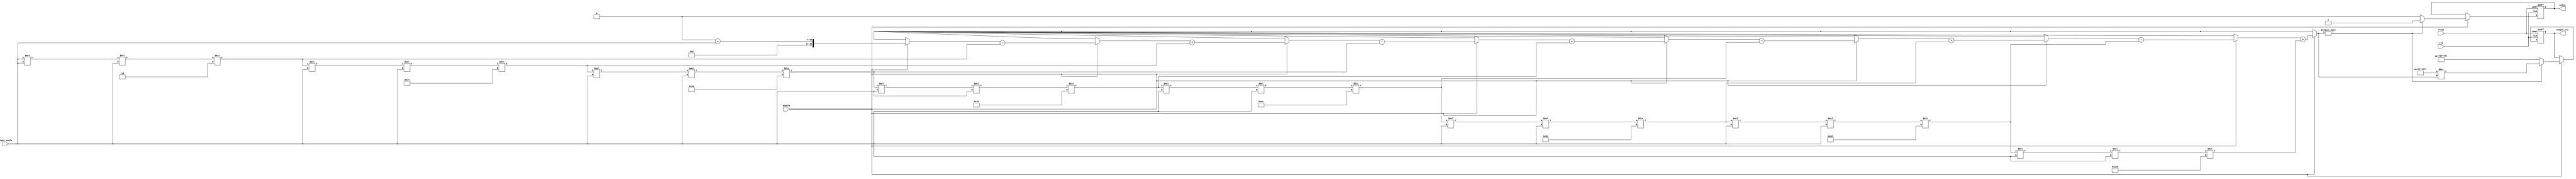
module csc_arithmetic_block (
    input wire clk,
    input wire reset,
    input wire enable,
    input wire [15:0] input_angle, // Fixed-point representation of angle in radians
    output reg [31:0] output_csc,   // Fixed-point representation of cosecant value
    output reg valid                 // Signal to indicate valid output
);

    reg [31:0] sine_value; // Sine value calculated
    reg [31:0] reciprocal; // Reciprocal of sine value

    // Sine function approximation using Taylor series
    function [31:0] sine;
        input [15:0] angle;
        reg [31:0] term;
        reg [31:0] sum;
        integer i;
        begin
            sum = 0;
            term = angle; // First term is angle itself
            for (i = 1; i < 10; i = i + 1) begin
                if (i % 2 == 1) begin // Odd terms
                    sum = sum + term;
                end else begin // Even terms
                    sum = sum - term;
                end
                term = (term * angle * angle) / ((2 * i) * (2 * i + 1)); // Calculate next term
            end
            sine = sum;
        end
    endfunction

    // Main process
    always @(posedge clk or posedge reset) begin
        if (reset) begin
            output_csc <= 32'b0;
            valid <= 1'b0;
        end else if (enable) begin
            sine_value = sine(input_angle); // Calculate sine of the input angle

            if (sine_value != 32'b0) begin
                reciprocal = 32'hFFFFFFFF / sine_value; // Calculate reciprocal
                output_csc <= reciprocal;
                valid <= 1'b1; // Output is valid
            end else begin
                output_csc <= 32'h7FFFFFFF; // Handle division by zero (infinity)
                valid <= 1'b0; // Output is not valid
            end
        end
    end

endmodule